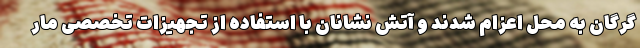
گرگان به محل اعزام شدند و آتش نشانان با استفاده از تجهیزات تخصصی مار